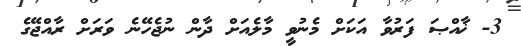
3- ޚާއްޞަ ފަރުވާ އަކަށް މެނުވީ މާލެއަށް ދާން ނުޖެހޭނެ ވަރަށް ރާއްޖޭގެ